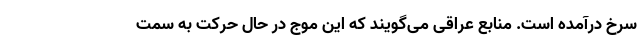
سرخ درآمده است. منابع عراقی می‌گویند که این موج در حال حرکت به سمت